Report of the Hyderabad Chloroform Commission
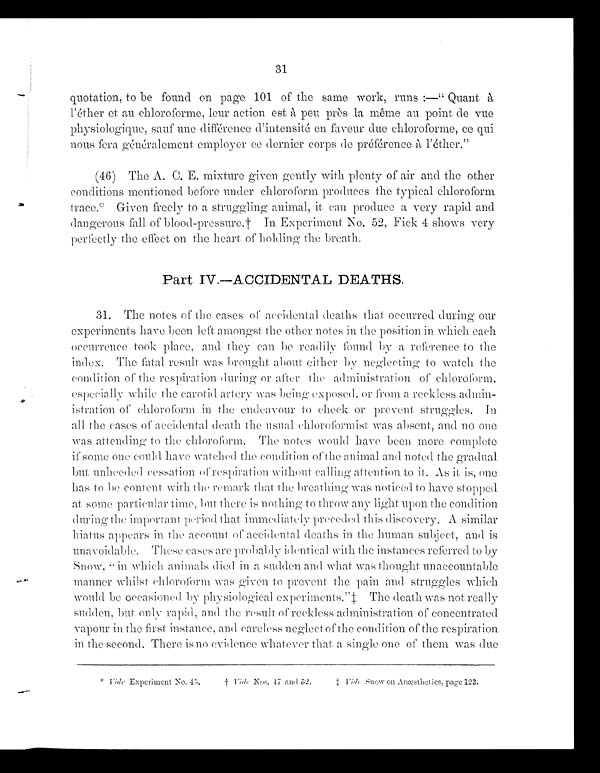
31
quotation, to be found on page 101 of the same work, runs:—"Quant à
l'éther et au chloroforme, leur action est à peu près la même au point de vue
physiologique, sauf une différence d'intensité en faveur due chloroforme, ce qui
nous fera généalement employer ce dernier corps de préférence à l'éther.”
(46) The A. C. E. mixture given gently with plenty of air and the other
conditions mentioned before under chloroform produces the typical chloroform
trace.* Given freely to a struggling animal, it can produce a very rapid and
dangerous fall, of blood-pressure.† In Experiment. No. 52, Fick 4 shows very
perfectly the effect on the heart of holding the breath.
Part IV.—ACCIDENTAL DEATHS.
31. The notes of the cases of accidental deaths that occurred during our
experiments have been left amongst the other notes in the position in which each
occurrence took place, and they can be readily found by a reference to the
index. The fatal result was brought about either by neglecting to watch the
condition of the respiration during or after the administration of chloroform,
especially while the carotid artery was being exposed, or from a reckless admin-
istration of chloroform in the endeavour to check or prevent, struggles. In
all the cases of accidental death the usual chloroformist was absent, and no one
was attending to the chloroform. The notes would have been more complete
if some one could have watched the condition of the animal and noted the gradual
but unheeded cessation of respiration without calling attention to it. As it is, one
has to be content with the remark that the breathing was noticed to have stopped
at some particular time, but there is nothing to throw any light upon the condition
during the important period that immediately preceded this discovery. A similar
hiatus appears in the account of accidental deaths in the human subject, and is
unavoidable. These cases are probably identical with the instances referred to by
Snow, “in which animals died in a sudden and what was thought unaccountable
manner whilst chloroform was given to prevent the pain and struggles which
would be occasioned by physiological experiments.”‡ The death was not really
sudden, but only rapid, and the result of reckless administration of concentrated
vapour in the first instance, and careless neglect of the condition of the respiration
in the second. There is no evidence whatever that a single one of them was due
* Vide Experiment No. 45,
†
Vide
Nos. 47 and 52.
‡ V
ide Snow on Anæsthetics¸ page 123.